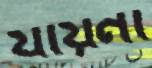
যায়না